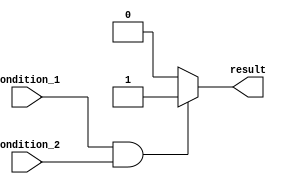
module if_else_with_and_operator (
    input wire condition_1,
    input wire condition_2,
    output reg result
);

always @(*) begin
    if (condition_1 && condition_2) begin
        // Statements within the if block
        result <= 1;
    end
    else begin
       // Statements within the else block
        result <= 0;
    end
end

endmodule